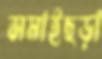
সমাইছড়া